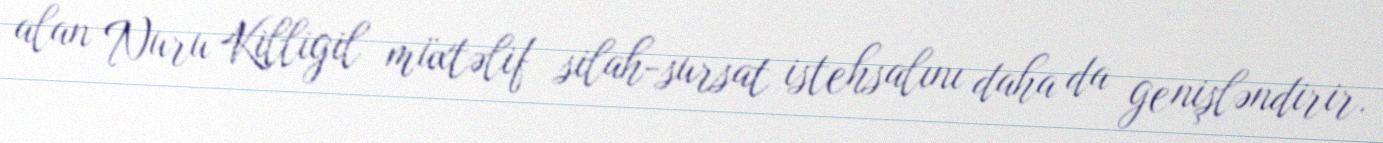
alan Nuru Killigil müxtəlif silah-sursat istehsalını daha da genişləndirir.